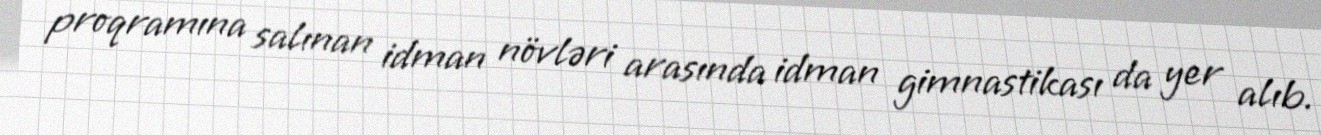
proqramına salınan idman növləri arasında idman gimnastikası da yer alıb.